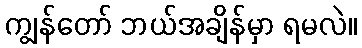
ကျွန်တော် ဘယ်အချိန်မှာ ရမလဲ။